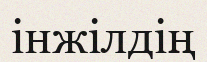
інжілдің